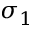
\sigma _ { 1 }